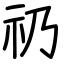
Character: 礽